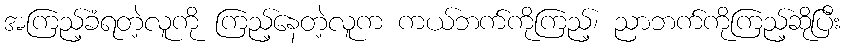
အကြည့်ခံရတဲ့လူကို ကြည့်နေတဲ့လူက ကယ်ဘက်ကိုကြည့်၊ ညာဘက်ကိုကြည့်ဆိုပြီး